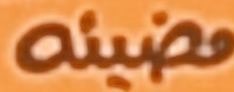
مضيئه